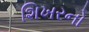
શિખરનો